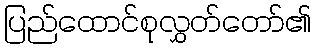
ပြည်ထောင်စုလွှတ်တော်၏